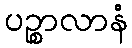
ပဉ္စာလာနံ